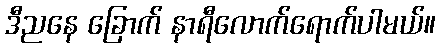
ဒီညနေ ခြောက် နာရီလောက်ရောက်ပါမယ်။